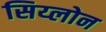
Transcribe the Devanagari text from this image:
सिय्लोन